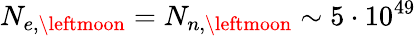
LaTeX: N_{e,\leftmoon}=N_{n,\leftmoon}\sim 5\cdot 10^{49}